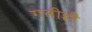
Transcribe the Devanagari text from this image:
गतीही